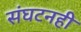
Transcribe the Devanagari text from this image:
संघटनही